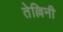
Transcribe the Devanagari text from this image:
तेल्लिनी